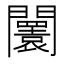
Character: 𨷤